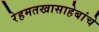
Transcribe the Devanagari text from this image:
रेहमतखासाहेबांचे